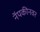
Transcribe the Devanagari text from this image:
नॅपकीनवर